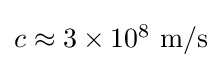
{\textstyle c\approx 3\times 10^{8}~\mathrm {m/s} \,\!}